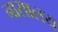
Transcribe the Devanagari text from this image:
नासालय